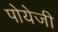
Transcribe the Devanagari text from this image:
पोयेजी